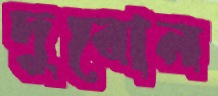
দুবোন